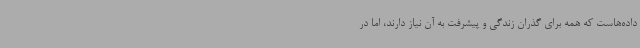
داده‌هاست که همه برای گذران زندگی و پیشرفت به آن نیاز دارند، اما در